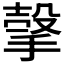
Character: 𰔕